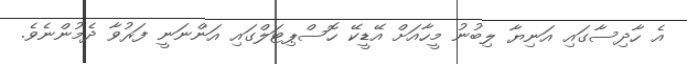
އެ ހާދިސާގައި އަނިޔާ ލިބުނު މީހާއަށް އޭޑީކޭ ހޮސްޕިޓަލްގައި އަންނަނީ ފަރުވާ ދެމުންނެވެ.